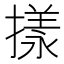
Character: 㨾